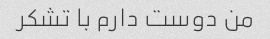
من دوست دارم با تشکر